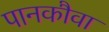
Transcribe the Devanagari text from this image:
पानकौवा